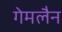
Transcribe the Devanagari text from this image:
गेमलैन